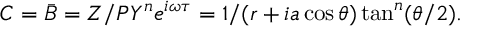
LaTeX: C = \bar { B } = Z / P Y ^ { n } e ^ { i \omega \tau } = 1 / ( r + i a \cos \theta ) \tan ^ { n } ( \theta / 2 ) .